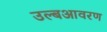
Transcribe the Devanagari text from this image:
उल्बआवरण